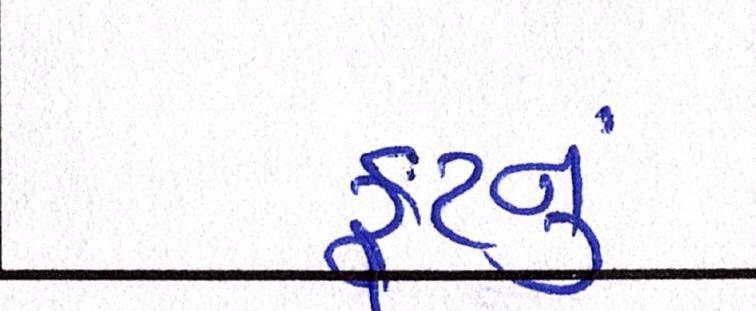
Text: ફૂટનું